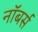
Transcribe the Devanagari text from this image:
नॉबर्स